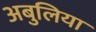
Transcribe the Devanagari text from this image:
अबुलिया